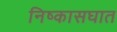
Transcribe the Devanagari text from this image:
निष्कासघात